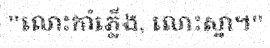
"លោះកាំភ្លើង, លោះស្នា។"